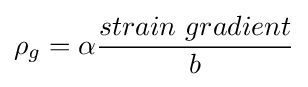
\rho _{g}=\alpha {\frac {strain\ gradient}{b}}